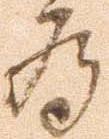
為